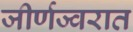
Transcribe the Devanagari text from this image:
जीर्णज्वरात